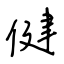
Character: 健